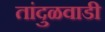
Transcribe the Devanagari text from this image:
तांदुळवाडी